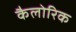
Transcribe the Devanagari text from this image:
कैलोरिक